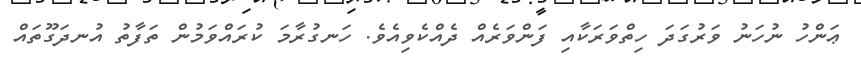
ޢަންހު ނުހަނު ވަރުގަދަ ހިތްވަރަކާއި ފަންވަރެއް ދެއްކެވިއެވެ. ހަނގުރާމަ ކުރައްވަމުން ތަފާތު އުނދަގޫތައް